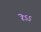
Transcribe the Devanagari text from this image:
रेऽऽ